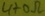
Text: 470Ω